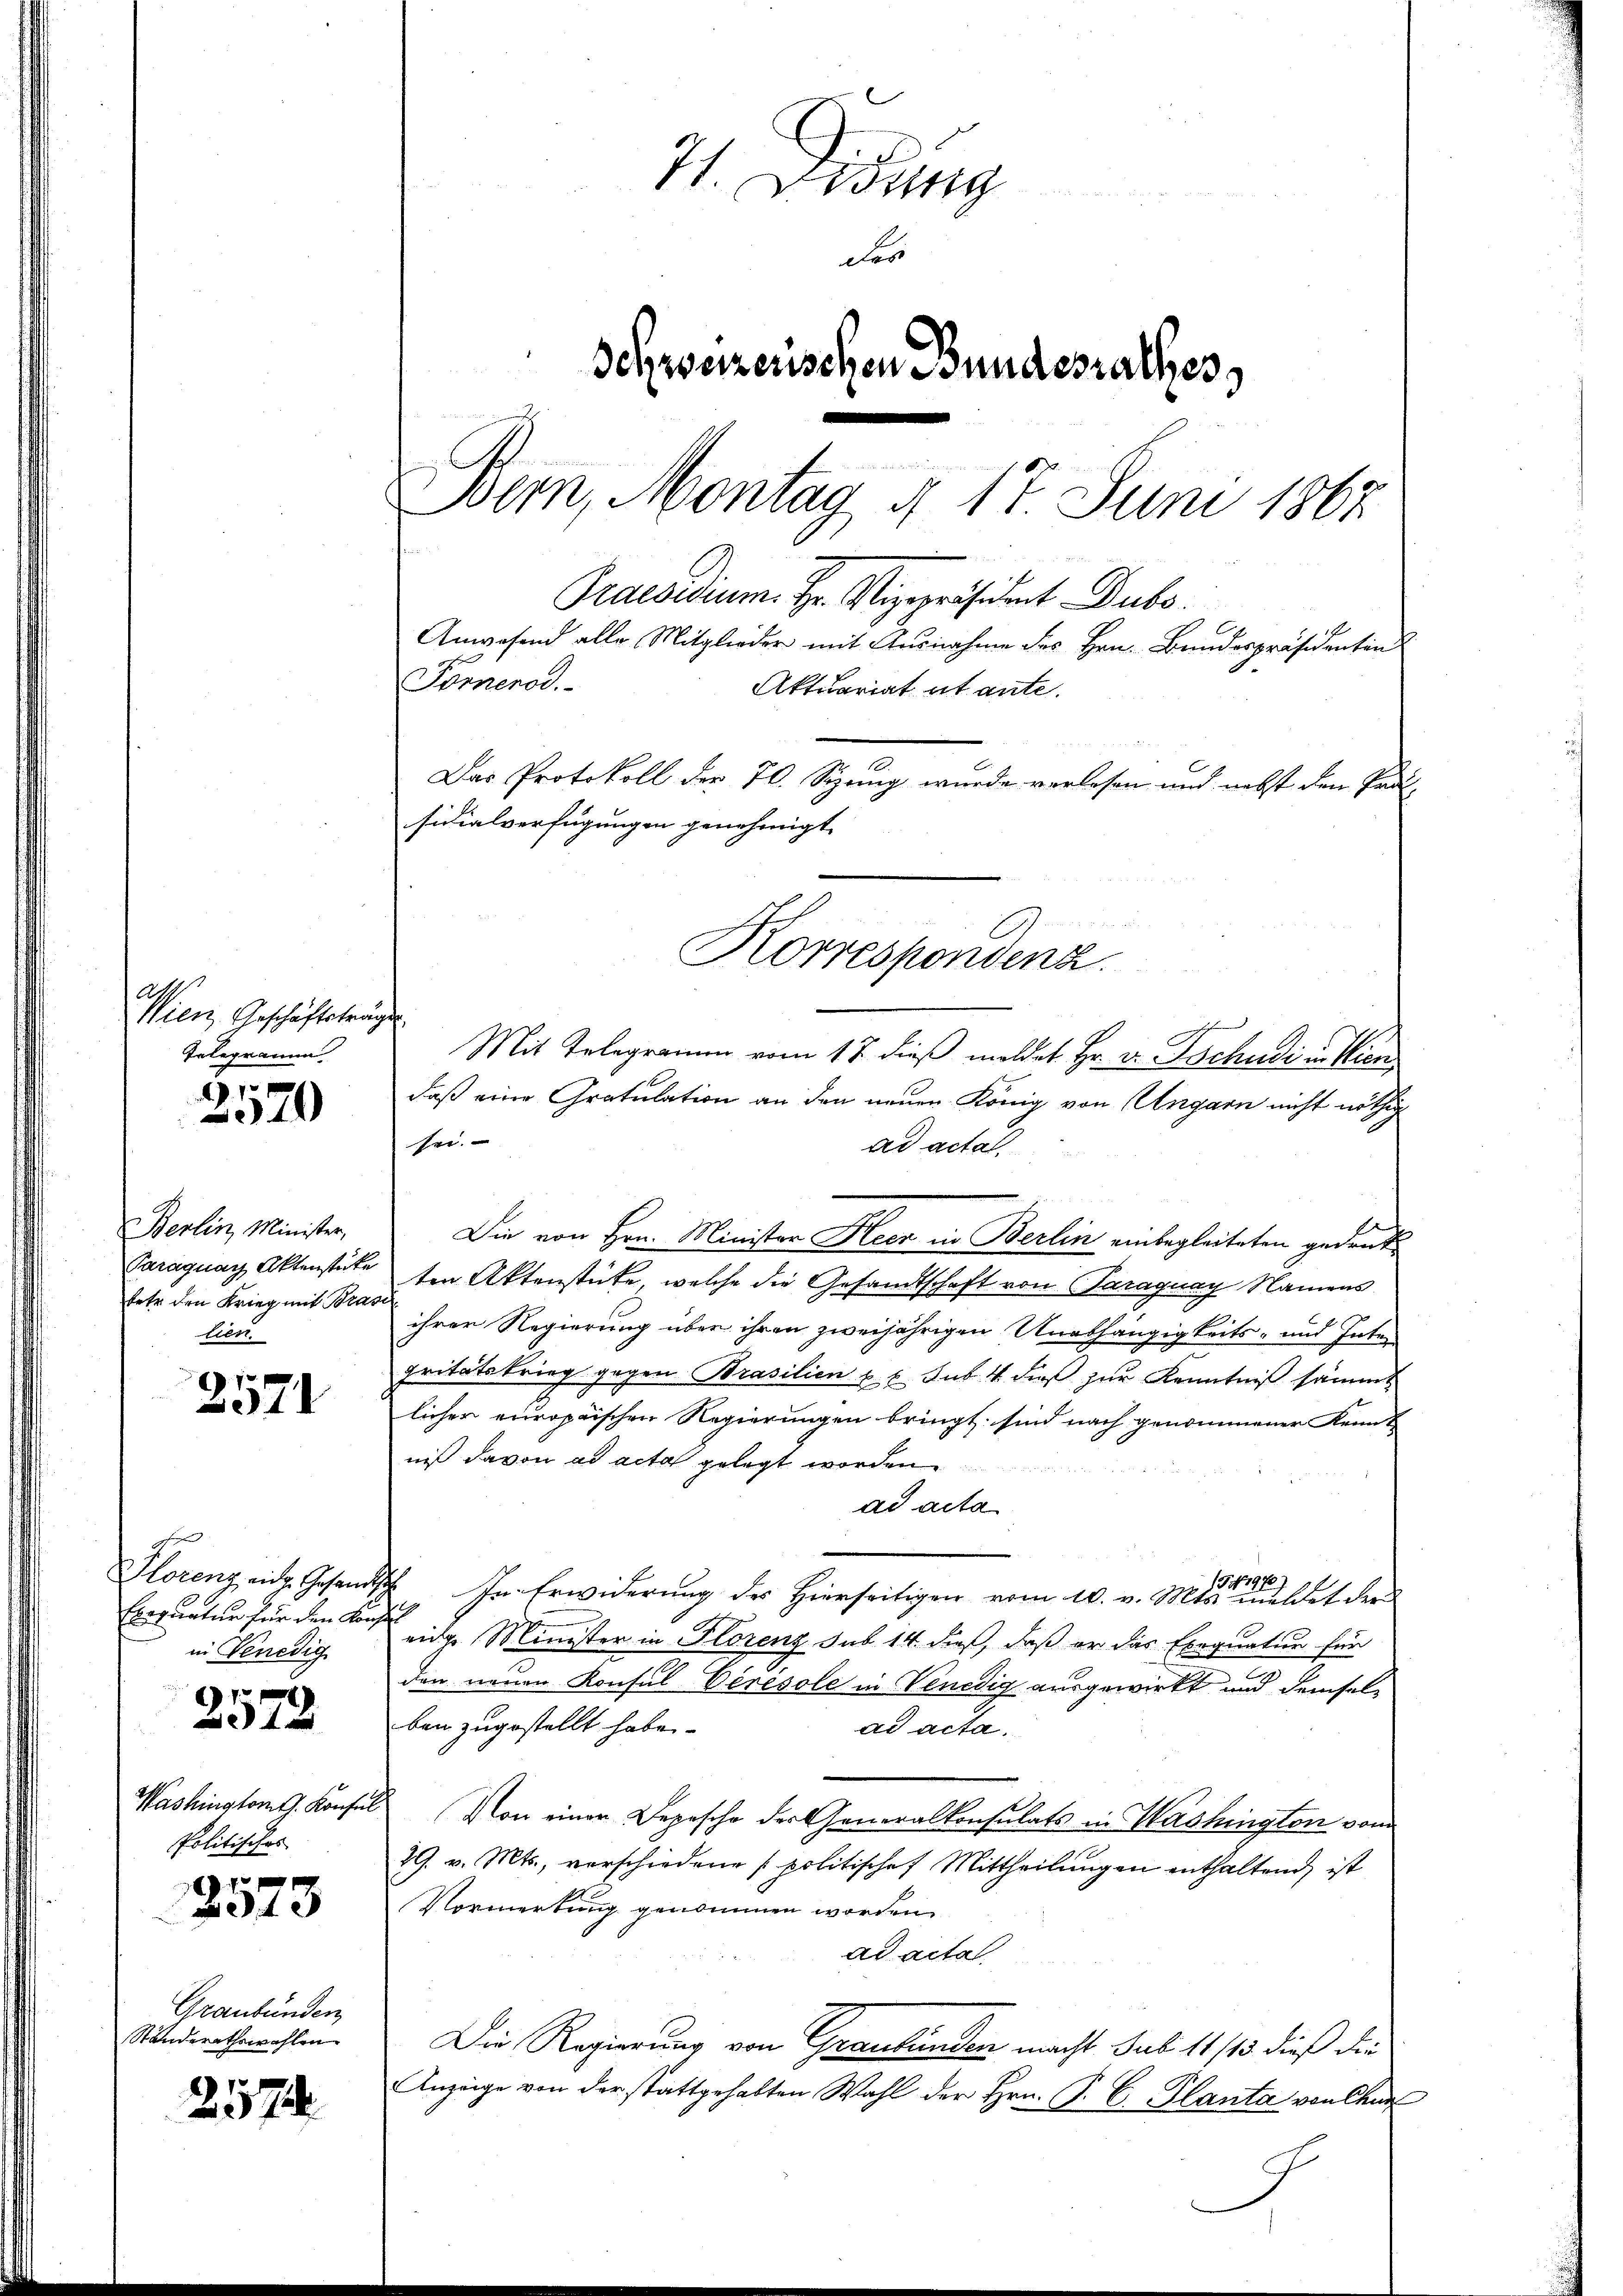
A
Wien, Geschäftsträgen
Telegramm

1 x
19

Berlin, Minister,
fehr den Krieg mit Brasil
tien.

1
2374

Exequatur für den Konsul
in Venedig

7
372

Washingtont. Konfe
Politisches

¬
373

Graubünden,
Standerathswahlen.

257.

71. Didung
Fes
Schweizerischen Bundesrathes
Bem, Montag § 17. Juni 1865.
Praesidium. Hr. Vizepräsident Dubo.
Anwesend alle Mitglieder mit Ausnahme des Hrn. Bundespräsidenten
Tömenod.
Aktuariat et ante.
Das Protokoll der 70. Sizung wurde verlesen und nebst den Pro-
sidialverfügungen genehmigt.

Mit Telegramm vom 17. dieß meldet Hr. Dr. Tschudi in Kin
daß eine Gratulation an den neuen König von Ungarn nicht nöthig
sei.
ad actal
Die von Hrn. Minister Heer in Berlin einbegleiteten gedruk¬
Paraguay Aktenstete ten Aktenstücke, welche die Gesandtschaft von Paraguay Namens
ihrer Regierung über ihren zweijährigen Unabhängigkeits- und Inter
gritätskrieg gegen Brasilien u. s. sub. 4 dieß zur Kenntniß sämmt
licher europaischen Regierungen bringt sind nach genommener Kennt
niß davon ad acta gelegt worde
ad acta
541970
Florenz ein Gesandtsch In Erwiderung des Hierseitigen vom 10. v. Mts. meldet der
eidg. Minister in Florenz sub 14 dieß, daß er das Exequatur für
den neuen Konsul-Verésole in Venedig ausgewirkt und demselben zugestellt habe.
ad acta.
 Von einer Depesche der Generalkonsulats in Washington vom
29. v. Mts., verschiedene politischef Mittheilungen enthaltend, ist
Vormerkung genommen worden.
ad acta
Die Regierung von Graubünden macht sub 11/13 dieß die
Anzeige von der stattgehabten Wahl der Hrn. P. C. Planta von Char

Korrespondenz.